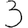
Digit: 3